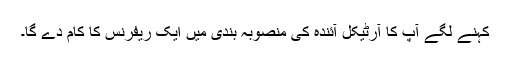
کہنے لگے آپ کا آرٹیکل آئندہ کی منصوبہ بندی میں ایک ریفرنس کا کام دے گا۔